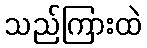
သည်ကြားထဲ